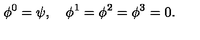
\phi ^ { 0 } = \psi , \quad \phi ^ { 1 } = \phi ^ { 2 } = \phi ^ { 3 } = 0 .